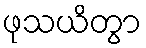
ဖုသယိတွာ